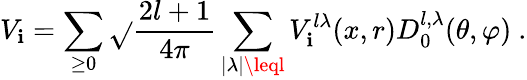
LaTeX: V_{\mathbf{i}}=\sum_{\geq0}\sqrt{}{{\frac{{2l+1}}{{4\pi}}}}\sum_{\mid\lambda\mid\leql}V_{\mathbf{i}}^{l\lambda}(x,r)D_{0}^{l,\lambda}(\theta,\varphi)~.